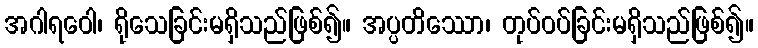
အဂါရဝေါ၊ ရိုသေခြင်းမရှိသည်ဖြစ်၍။ အပ္ပတိဿော၊ တုပ်ဝပ်ခြင်းမရှိသည်ဖြစ်၍။